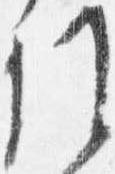
候